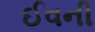
ઈવની